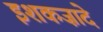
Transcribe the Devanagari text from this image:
इशकज़ादे